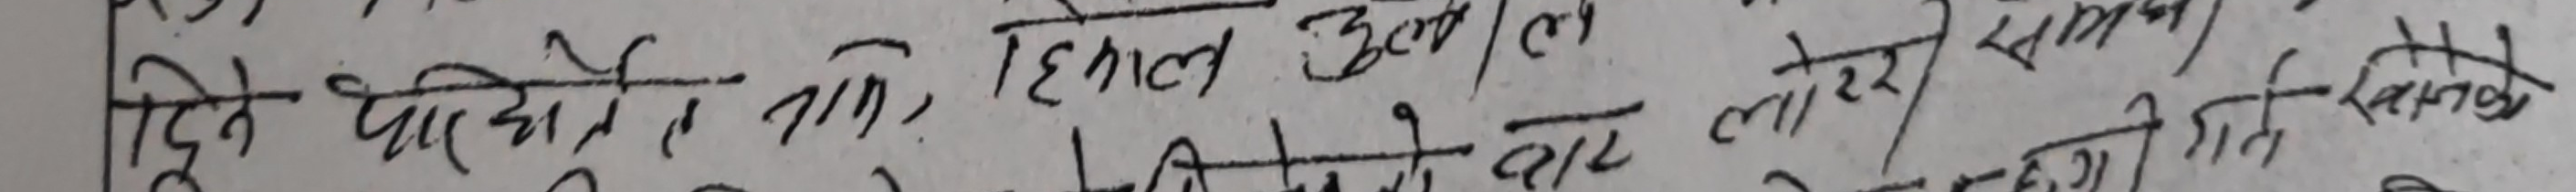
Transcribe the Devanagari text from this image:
दिये छेहोते, हिमाल उष्ण/ लाटेर समय काटाले